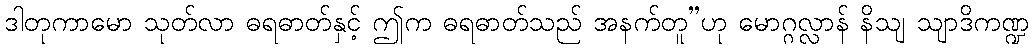
ဒါတုကာမော သုတ်လာ ဓရဓာတ်နှင့် ဤက ဓရဓာတ်သည် အနက်တူ”ဟု မောဂ္ဂလ္လာန် နိသျ သျာဒိကဏ္ဍ